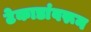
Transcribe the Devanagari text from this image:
टेकाडांवरून